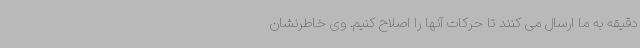
دقیقه به ما ارسال می کنند تا حرکات آنها را اصلاح کنیم. وی خاطرنشان